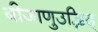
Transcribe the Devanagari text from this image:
बीजाणुउद्भिद्